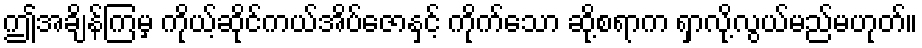
ဤအချိန်ကြမှ ကိုယ့်ဆိုင်ကယ်အိပ်ဇောနှင့် ကိုက်သော ဆို့စရာက ရှာလို့လွယ်မည်မဟုတ်။